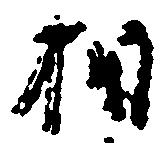
相